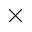
\times